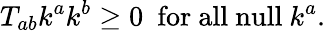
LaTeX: T_{ab}k^{a}k^{b}\geq 0~~\mathrm{for~all~null}~k^{a}.